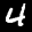
Digit: 4